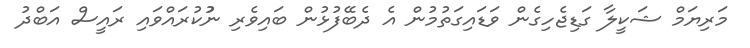
މަރިޔަމް ޝަކީލާ ގަޑިޖެހިގެން ވަޑައިގަތުމުން އެ ދެބޭފުޅުން ބައިވެރި ނުުކުރައްވައި ރައީސް އަބްދު